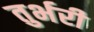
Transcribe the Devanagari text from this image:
तुर्भरी